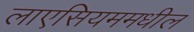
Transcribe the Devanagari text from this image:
लाएसियममधील